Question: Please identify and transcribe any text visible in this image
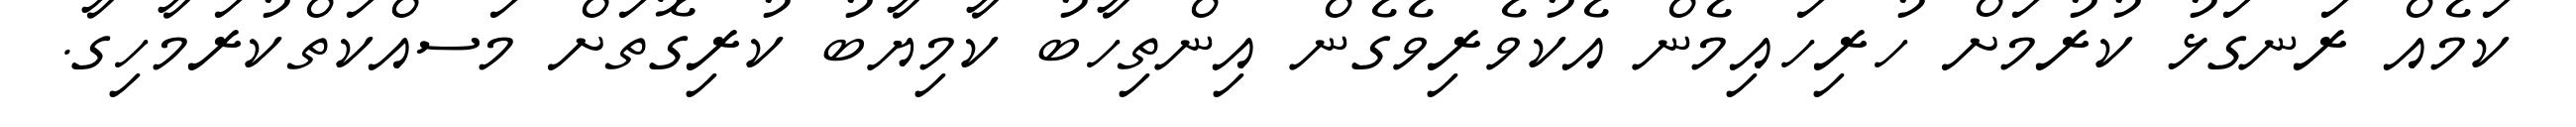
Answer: ކަމެއް ރަނގަޅު ކުރުމަށް ހުރިހައިމެން އެކުވެރިވެގެން އިންތިހާބު ކާމިޔާބު ކުރިގޮތަށް މަސއްކަތްކުރަމާހިގާ.